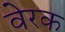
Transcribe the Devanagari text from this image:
वेरक